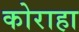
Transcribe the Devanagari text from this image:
कोराहा